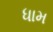
ધામ